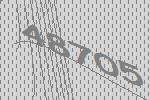
48705